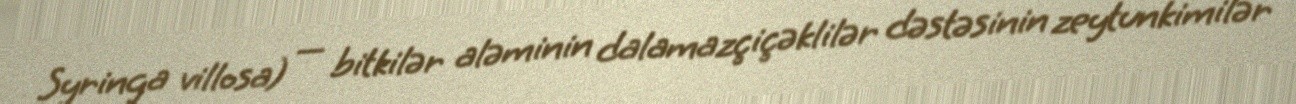
Syringa villosa) — bitkilər aləminin dalamazçiçəklilər dəstəsinin zeytunkimilər